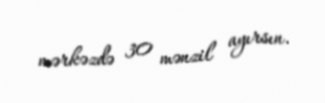
mərkəzdə 30 mənzil ayırsın.